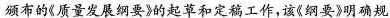
颁布的《质量发展纲要》的起草和定稿工作，该《纲要》明确规